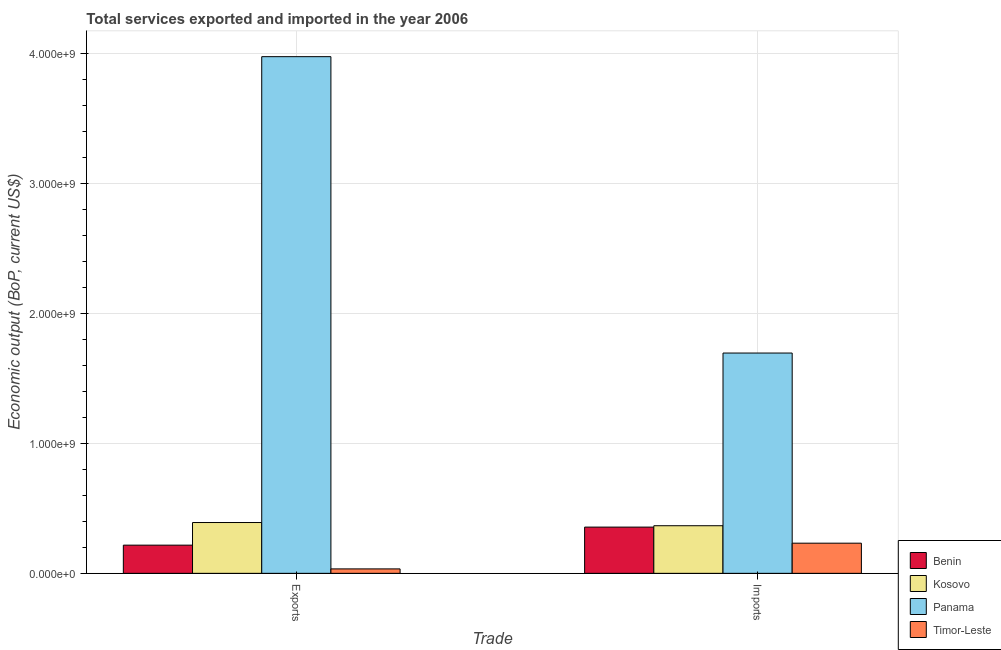
| Trade | Benin | Kosovo | Panama | Timor-Leste |
 | --- | --- | --- | --- | --- |
 | Exports | 2.17e+08 | 3.91e+08 | 3.98e+09 | 3.41e+07 |
 | Imports | 3.56e+08 | 3.67e+08 | 1.7e+09 | 2.32e+08 |